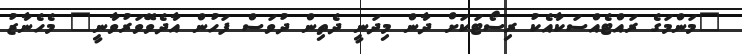
"މަންމަގެ ރައްޓެއްސަކާއެކު ރިސޯޓަކަށް ދާން މިދަނީ ދެތިން ދުވަސް ފަހުން އާދެވޭވަރުވާނީ" މެހެނާޒު